Madras plague regulations and rules for the inspection of inward and outward bound vessels - Volume 2
Disease focus: Plague
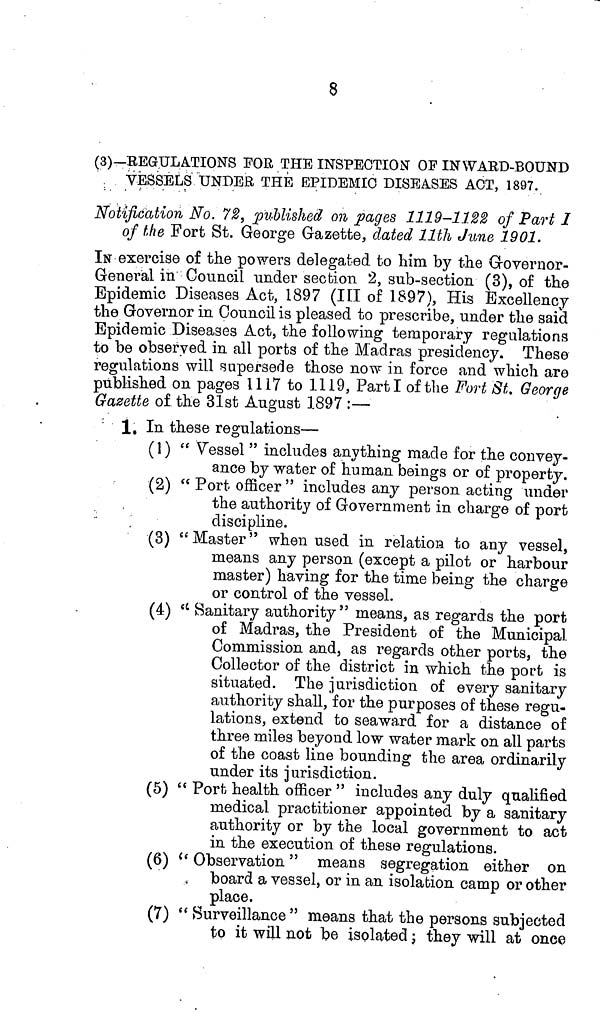
8
(3)— REGULATIONS FOR THE INSPECTION OF INWARD-BOUND
VESSELS UNDER THE EPIDEMIC DISEASES ACT, 1897.
Notification No. 72, published on pages 1119-1122 of Part I
of the Fort St. George Gazette, dated llth June 1901.
IN exercise of the powers delegated to him by the Governor-
General in Council under section 2, sub-section (3), of the
Epidemic Diseases Act, 1897 (III of 1897), His Excellency
the Governor in Council is pleased to prescribe, under the said
Epidemic Diseases Act, the following temporary regulations
to be observed in all ports of the Madras presidency. These
regulations will supersede those now in force and which are
published on pages 1117 to 1119, Part I of the Fort St. George
Gazette of the 31st August 1897 :—
1. In these regulations—
(1) " Vessel " includes anything made for the convey-
ance by water of human beings or of property.
(2) " Port officer " includes any person acting under
the authority of Government in charge of port
discipline.
(3) " Master " when used in relation to any vessel,
means any person (except a pilot or harbour
master) having for the time being the charge
or control of the vessel.
(4) " Sanitary authority" means, as regards the port
of Madras, the President of the Municipal
Commission and, as regards other ports, the
Collector of the district in which the port is
situated. The jurisdiction of every sanitary
authority shall, for the purposes of these regu-
lations, extend to seaward for a distance of
three miles beyond low water mark on all parts
of the coast line bounding the area ordinarily
under its jurisdiction.
(5) " Port health officer " includes any duly qualified
medical practitioner appointed by a sanitary
authority or by the local government to act
in the execution of these regulations.
(6) " Observation " means segregation either on
board a vessel, or in an isolation camp or other
place.
(7) " Surveillance " means that the persons subjected
to it will not be isolated ; they will at once